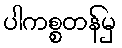
ပါကစ္စတန်မှ